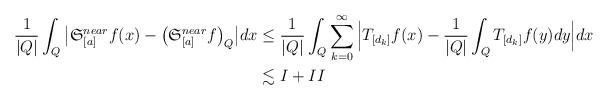
LaTeX: \begin{align*}\frac{1}{|Q|}\int_Q{\big|\mathfrak{S}_{[a]}^{near}f(x)-\big( \mathfrak{S}_{[a]}^{near}f \big)_Q \big|}dx&\leq { \frac{1}{|Q|}\int_Q{\sum_{k=0}^{\infty}{\Big| T_{[d_k]}f(x)-\frac{1}{|Q|}\int_Q{T_{[d_k]}f(y)}dy \Big|}}dx }\\&\lesssim I+II\end{align*}